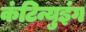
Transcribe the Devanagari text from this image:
कंटिन्युइंग